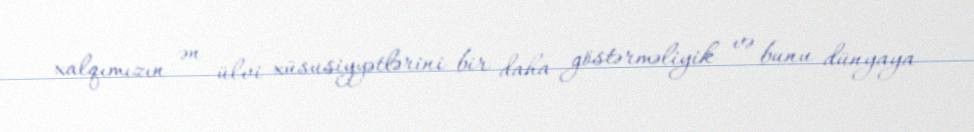
xalqımızın ən ülvi xüsusiyyətlərini bir daha göstərməliyik və bunu dünyaya